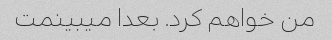
من خواهم کرد. بعدا میبینمت